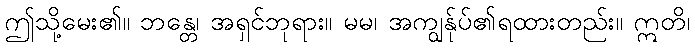
ဤသို့မေး၏။ ဘန္တေ၊ အရှင်ဘုရား။ မမ၊ အကျွန်ုပ်၏ရထားတည်း။ ဣတိ၊